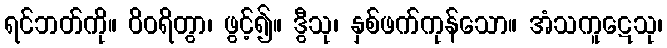
ရင်ဘတ်ကို။ ဝိဝရိတွာ၊ ဖွင့်၍။ ဒွီသု၊ နှစ်ဖက်ကုန်သော။ အံသကူဋေသု၊